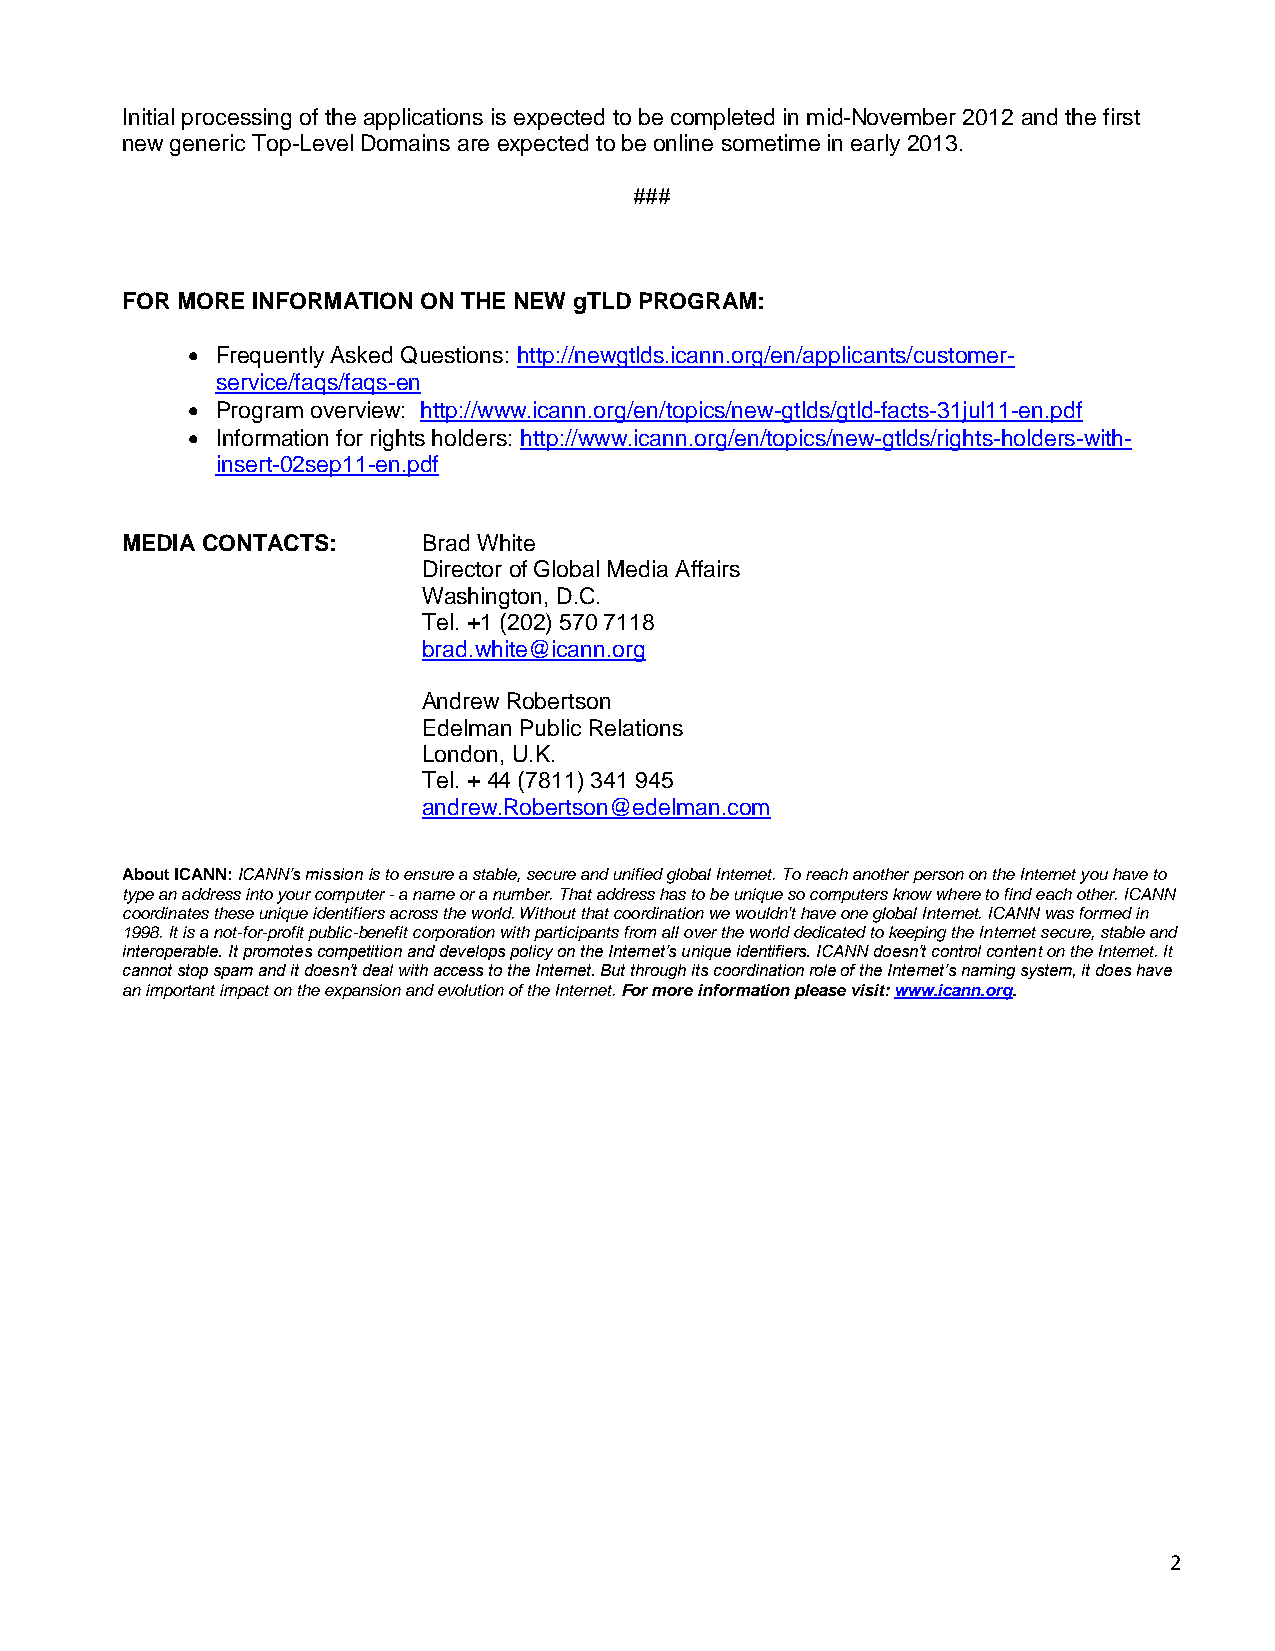
Initial processing of the applications is expected to be completed in mid-November 2012 and the first
 new generic Top-Level Domains are expected to be online sometime in early 2013.
 ###
 FOR MORE INFORMATION ON THE NEW gTLD PROGRAM:
  Frequently Asked Questions: http://newgtlds.icann.org/en/applicants/customer-
 service/faqs/faqs-en
  Program overview: http://www.icann.org/en/topics/new-gtlds/gtld-facts-31jul11-en.pdf
  Information for rights holders: http://www.icann.org/en/topics/new-gtlds/rights-holders-with-
 insert-02sep11-en.pdf
 MEDIA CONTACTS:     Brad White
 Director of Global Media Affairs
 Washington, D.C.
 Tel. +1 (202) 570 7118
 brad.white@icann.org
 Andrew Robertson
 Edelman Public Relations
 London, U.K.
 Tel. + 44 (7811) 341 945
 andrew.Robertson@edelman.com
 About ICANN: ICANN’s mission is to ensure a stable, secure and unified global Internet. To reach another person on the Internet you have to
 type an address into your computer - a name or a number. That address has to be unique so computers know where to find each other. ICANN
 coordinates these unique identifiers across the world. Without that coordination we wouldn't have one global Internet. ICANN was formed in
 1998. It is a not-for-profit public-benefit corporation with participants from all over the world dedicated to keeping the Internet secure, stable and
 interoperable. It promotes competition and develops policy on the Internet’s unique identifiers. ICANN doesn’t control content on the Internet. It
 cannot stop spam and it doesn’t deal with access to the Internet. But through its coordination role of the Internet’s naming system, it does have
 an important impact on the expansion and evolution of the Internet. For more information please visit: www.icann.org.
 2